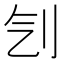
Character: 刏